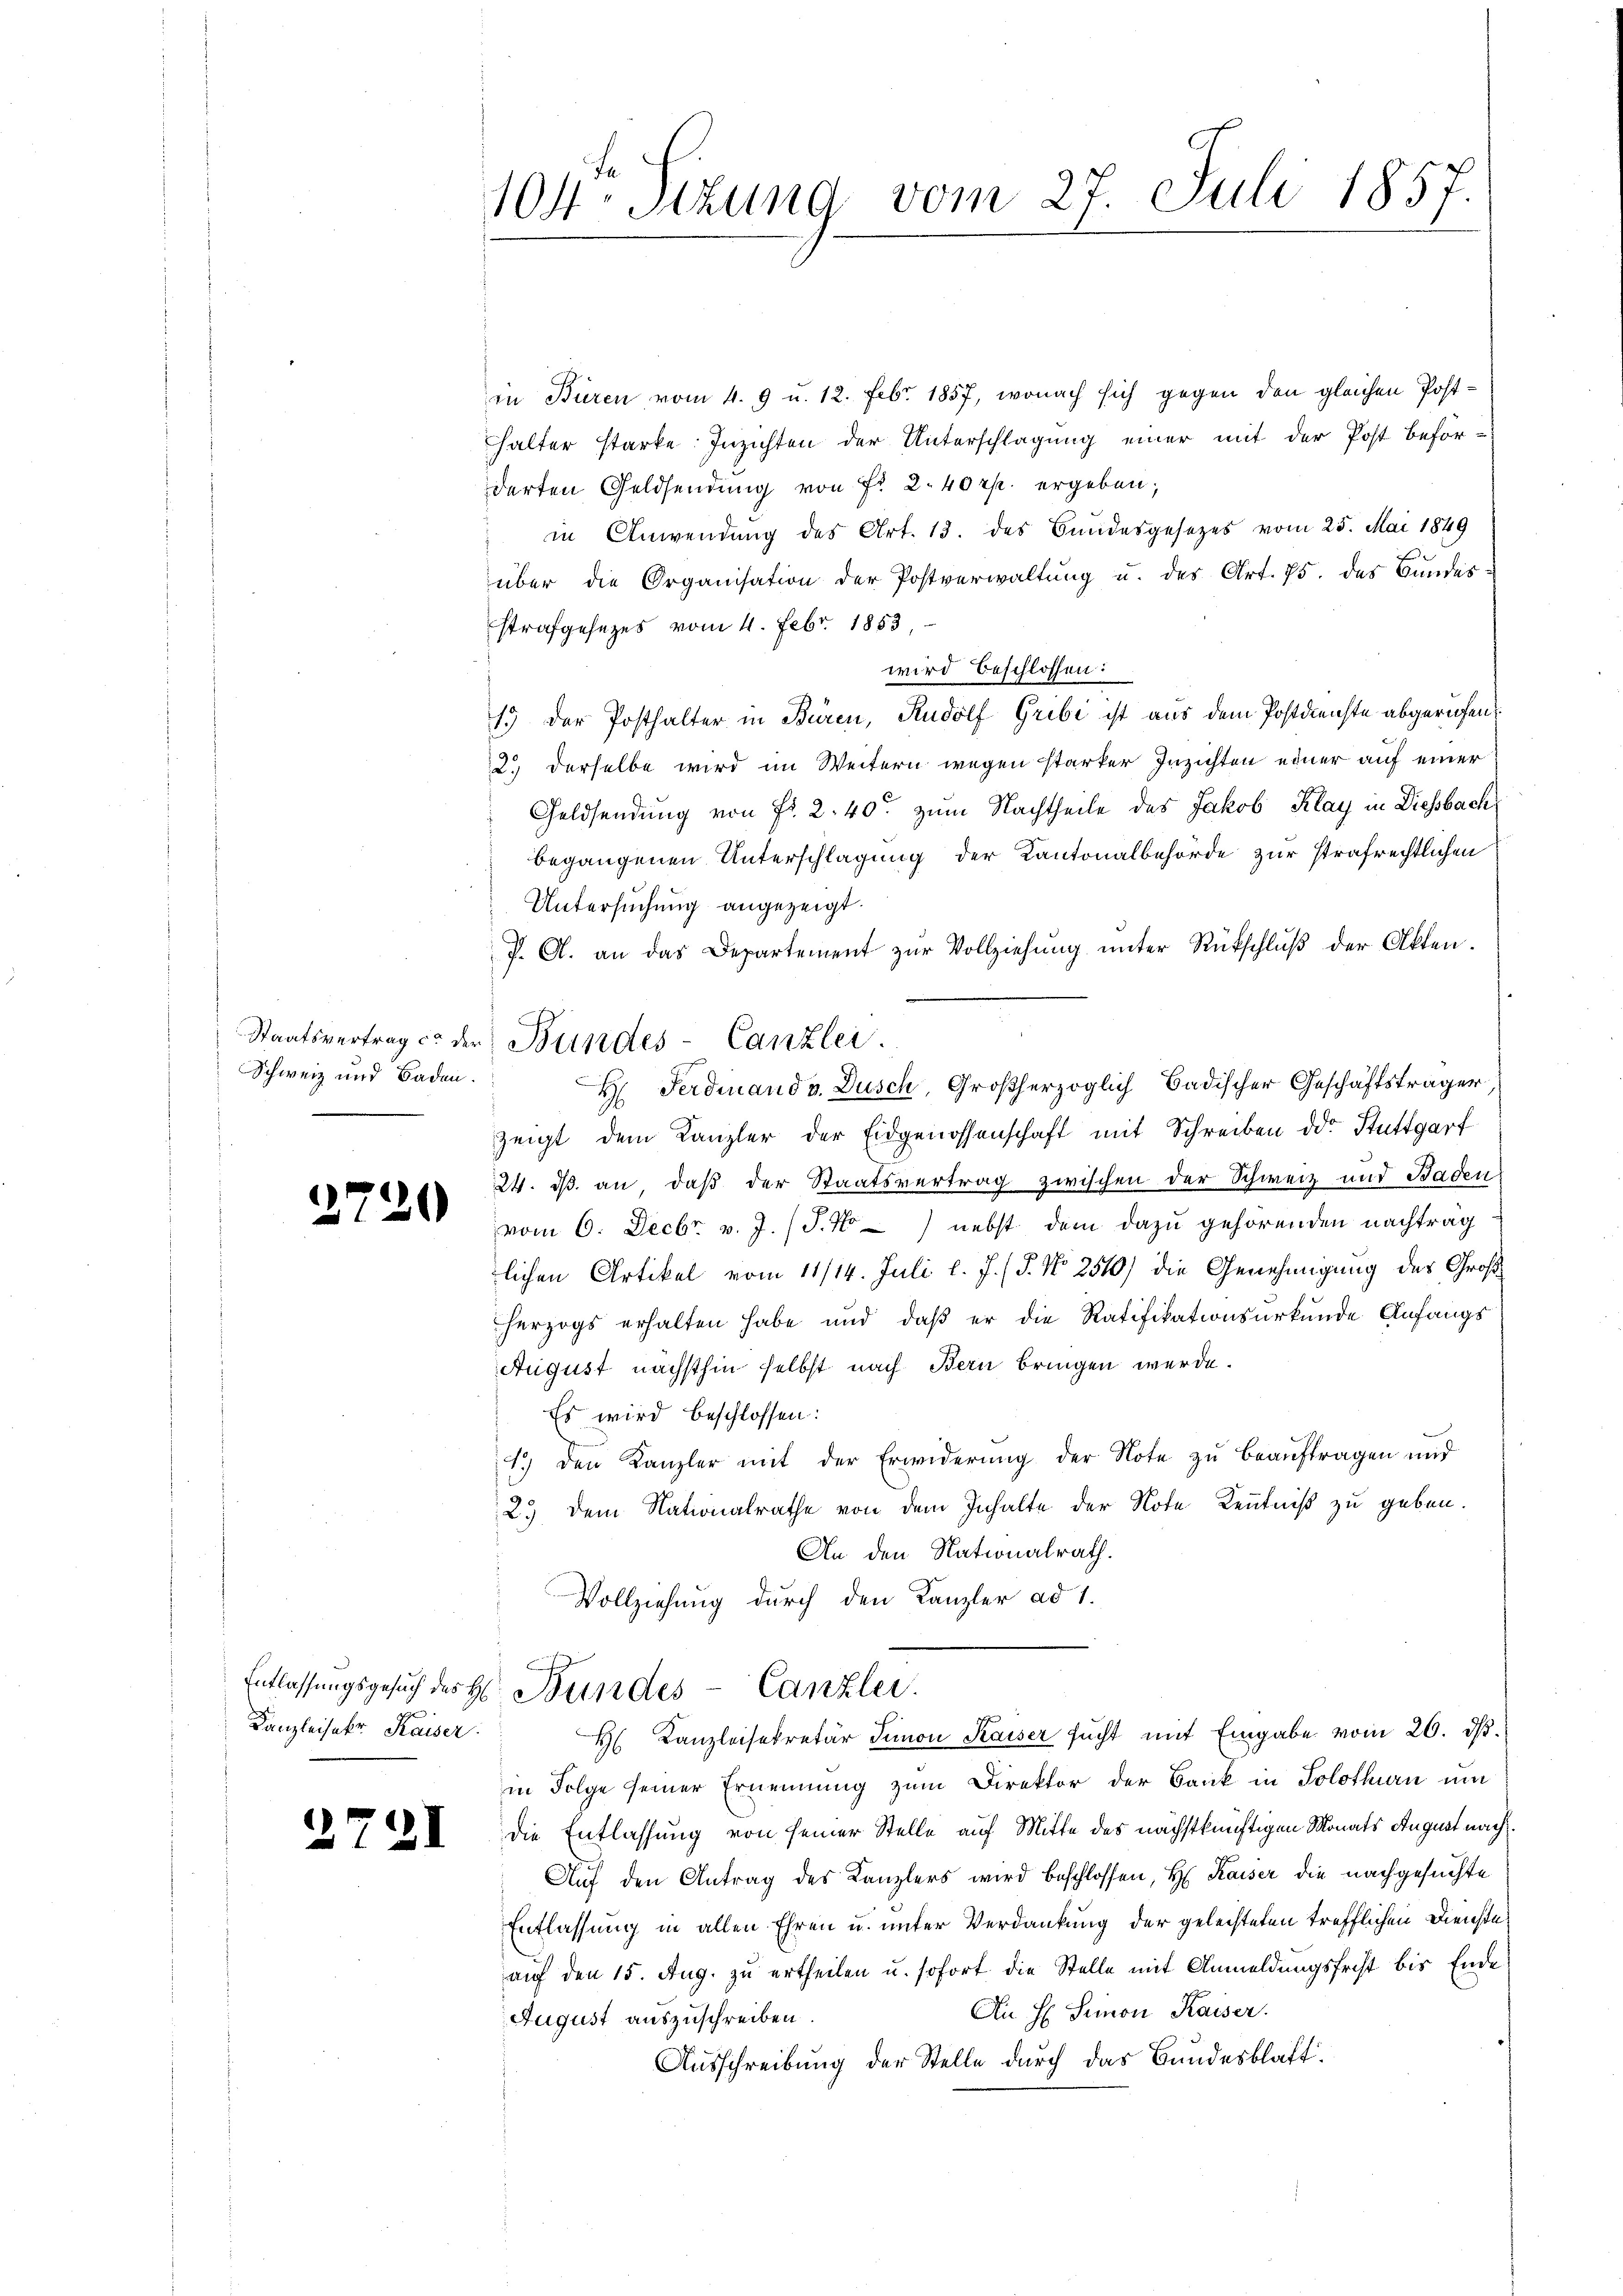
Staatsvertrag c. de
Schweiz und Baden.

.

)

1720

Kanzleisekr. Kaiser

.

I

104 Stzung vom 27. Juli 1857.

in Büren vom 4. 9 u. 12. Febr. 1857, wonach sich gegen den gleichen Posthalter starke. Inzichten der Unterschlagung einer mit der Post beförderten Geldsendung von Fr. 2. 40 rp. ergeben.
in Anwendung des Art. 13. des Bundesgesezes vom 25. Mai 1849
über die Organisation der Postverwaltŭng u. des Art. 75. des Bundes-
strafgesezes vom 4. Febr. 1853,
wird beschlossen:
15 der Posthalter in Büren, Rudolf Gribi ist aus dem Postdienste abgerufen
2. derselbe wird im Weitern wegen starker Inzichten einer auf einer
Geldsendung von Fr. 2. 40. zum Nachtheile des Jakob Klay in Diesbach
begangenen Unterschlagung der Kantonalbehörde zur strafrechtlichen
Untersuchung angezeigt.
P. A. an das Departement zŭr Vollziehŭng ŭnter Rückschlŭβ der Akten.
 Bundes-Canzlei.
H Ferdinand v. Dusch, Großherzoglich Badischer Geschäftsträger
zeigt dem Kanzler der Eidgenossenschaft mit Schreiben od. Stuttgarf
24. ds. an, daß der Staatsvertrag zwischen der Schweiz und Baden
vom 6. Decbr. v. J. (T.No) nebst dem dazu gehörenden nachtrag
lichen Artikel vom 11/14. Juli l. J. (T. No 2510) die Genehmigung des Großherzogs erhalten habe und daß er die Ratifikationsurkunde Anfangs
August nächsthin selbst nach Bern bringen werde.
Es wird beschlossen:
4.) Den Kanzler mit der Erwiderung der Note zu beauftragen und
2. dem Nationalrathe von dem Inhalte der Note Kenntniß zu geben.
An den Nationalrath.
Vollziehung durch den Kanzler ad 1.

Entlassungsgesuch des H. Bundes-Canzlei.
H Kanzleisekretär Simon Kaiser sucht mit Eingabe vom 26. ds.

in Folge seiner Ernennung zum Direktor der Bank in Solothurn um
die Entlassung von seiner Stelle auf Mitte des nächstkünftigen Monats August nach¬
Auf den Antrag des Kanzlers wird beschlossen, H. Kaiser die nachgesuchte
Entlassung in allen Ehren u. unter Verdankung der geleisteten trefflichen Dienste
auf den 15. Aug. zu ertheilen u. sofort die Stelle mit Anmeldungsfrist bis Ende
An H Simon Kaiser.
August auszuschreiben.
Ausschreibung der Stelle durch das Bundesblatt.